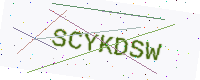
Text: SCYKDSW